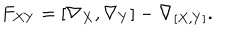
F _ { X Y } = [ \nabla _ { X } , \nabla _ { Y } ] - \nabla _ { [ X , Y ] } .